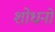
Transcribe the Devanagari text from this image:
शोधनों